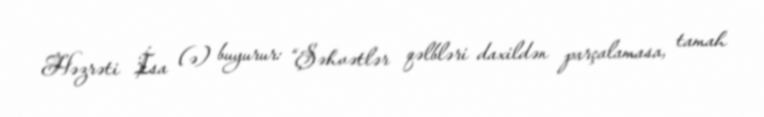
Həzrəti İsa (ə) buyurur: “Şəhvətlər qəlbləri daxildən parçalamasa, tamah